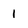
Character: 1